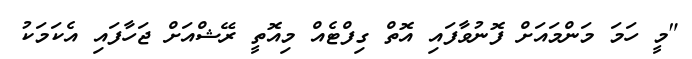
"މީ ހަމަ މަންމައަށް ފޮނުވާފައި އޮތް ގިފްޓެއް މިއޮތީ ރޭޝްއަށް ޖަހާފައި އެކަމަކު